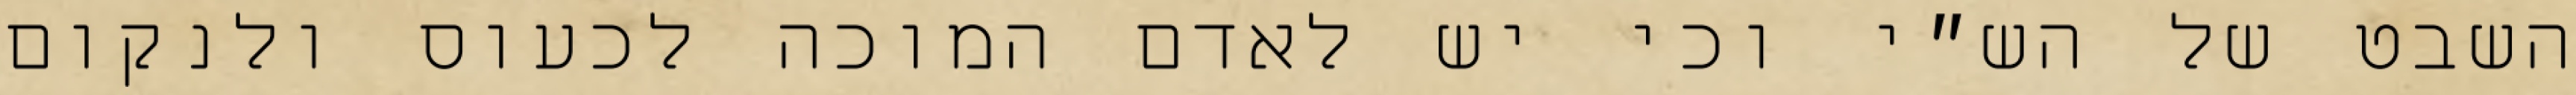
השבט של הש״י וכי יש לאדם המוכה לכעוס ולנקום